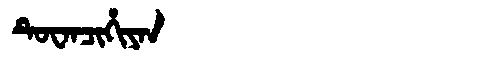
Manchu: ᡨᡠᠸᠠᠨᠴᡳᡥᡳᠶᠠᠨ
Romanization: TUWANCIHIYAN